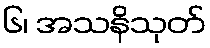
၆၊ အသနိသုတ်